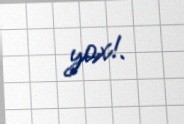
yox!.